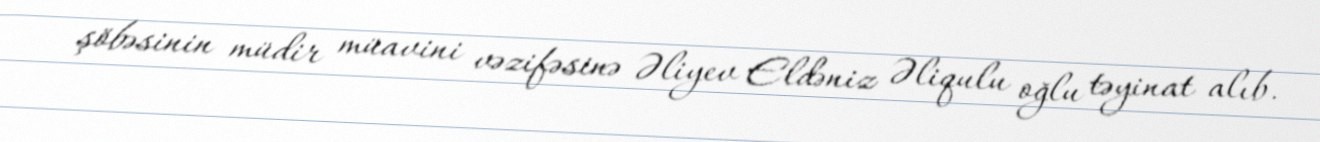
şöbəsinin müdir müavini vəzifəsinə Əliyev Eldəniz Əliqulu oğlu təyinat alıb.